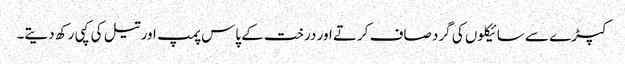
کپڑے سے سائیکلوں کی گرد صاف کرتے اور درخت کے پاس پمپ اور تیل کی کپی رکھ دیتے۔